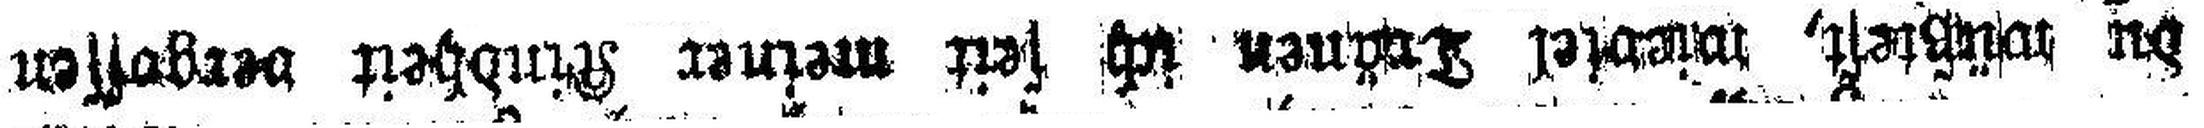
du wüßtest, wieviel Tränen ich seit meiner Kindheit vergossen